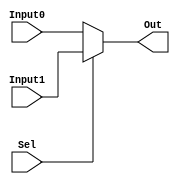
`timescale 1ns / 1ps
//////////////////////////////////////////////////////////////////////////////////
// Company: 
// Engineer: 
// 
// Design Name: 
// Module Name: mux2in1
// Project Name: 
// Target Devices: 
// Tool Versions: 
// Description: 
// 
// Dependencies: 
// 
// Revision:
// Revision 0.01 - File Created
// Additional Comments:
// 
//////////////////////////////////////////////////////////////////////////////////


module mux2in1(
       input Input0,
       input Input1,
       input Sel,
       output Out
    );
    
    assign Out = Sel ? Input1 : Input0;
endmodule